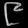
Digit: ၉